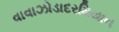
વાવાઝોડાદરમિયાન